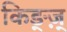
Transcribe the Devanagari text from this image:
किङ्ज़्